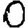
Digit: 0